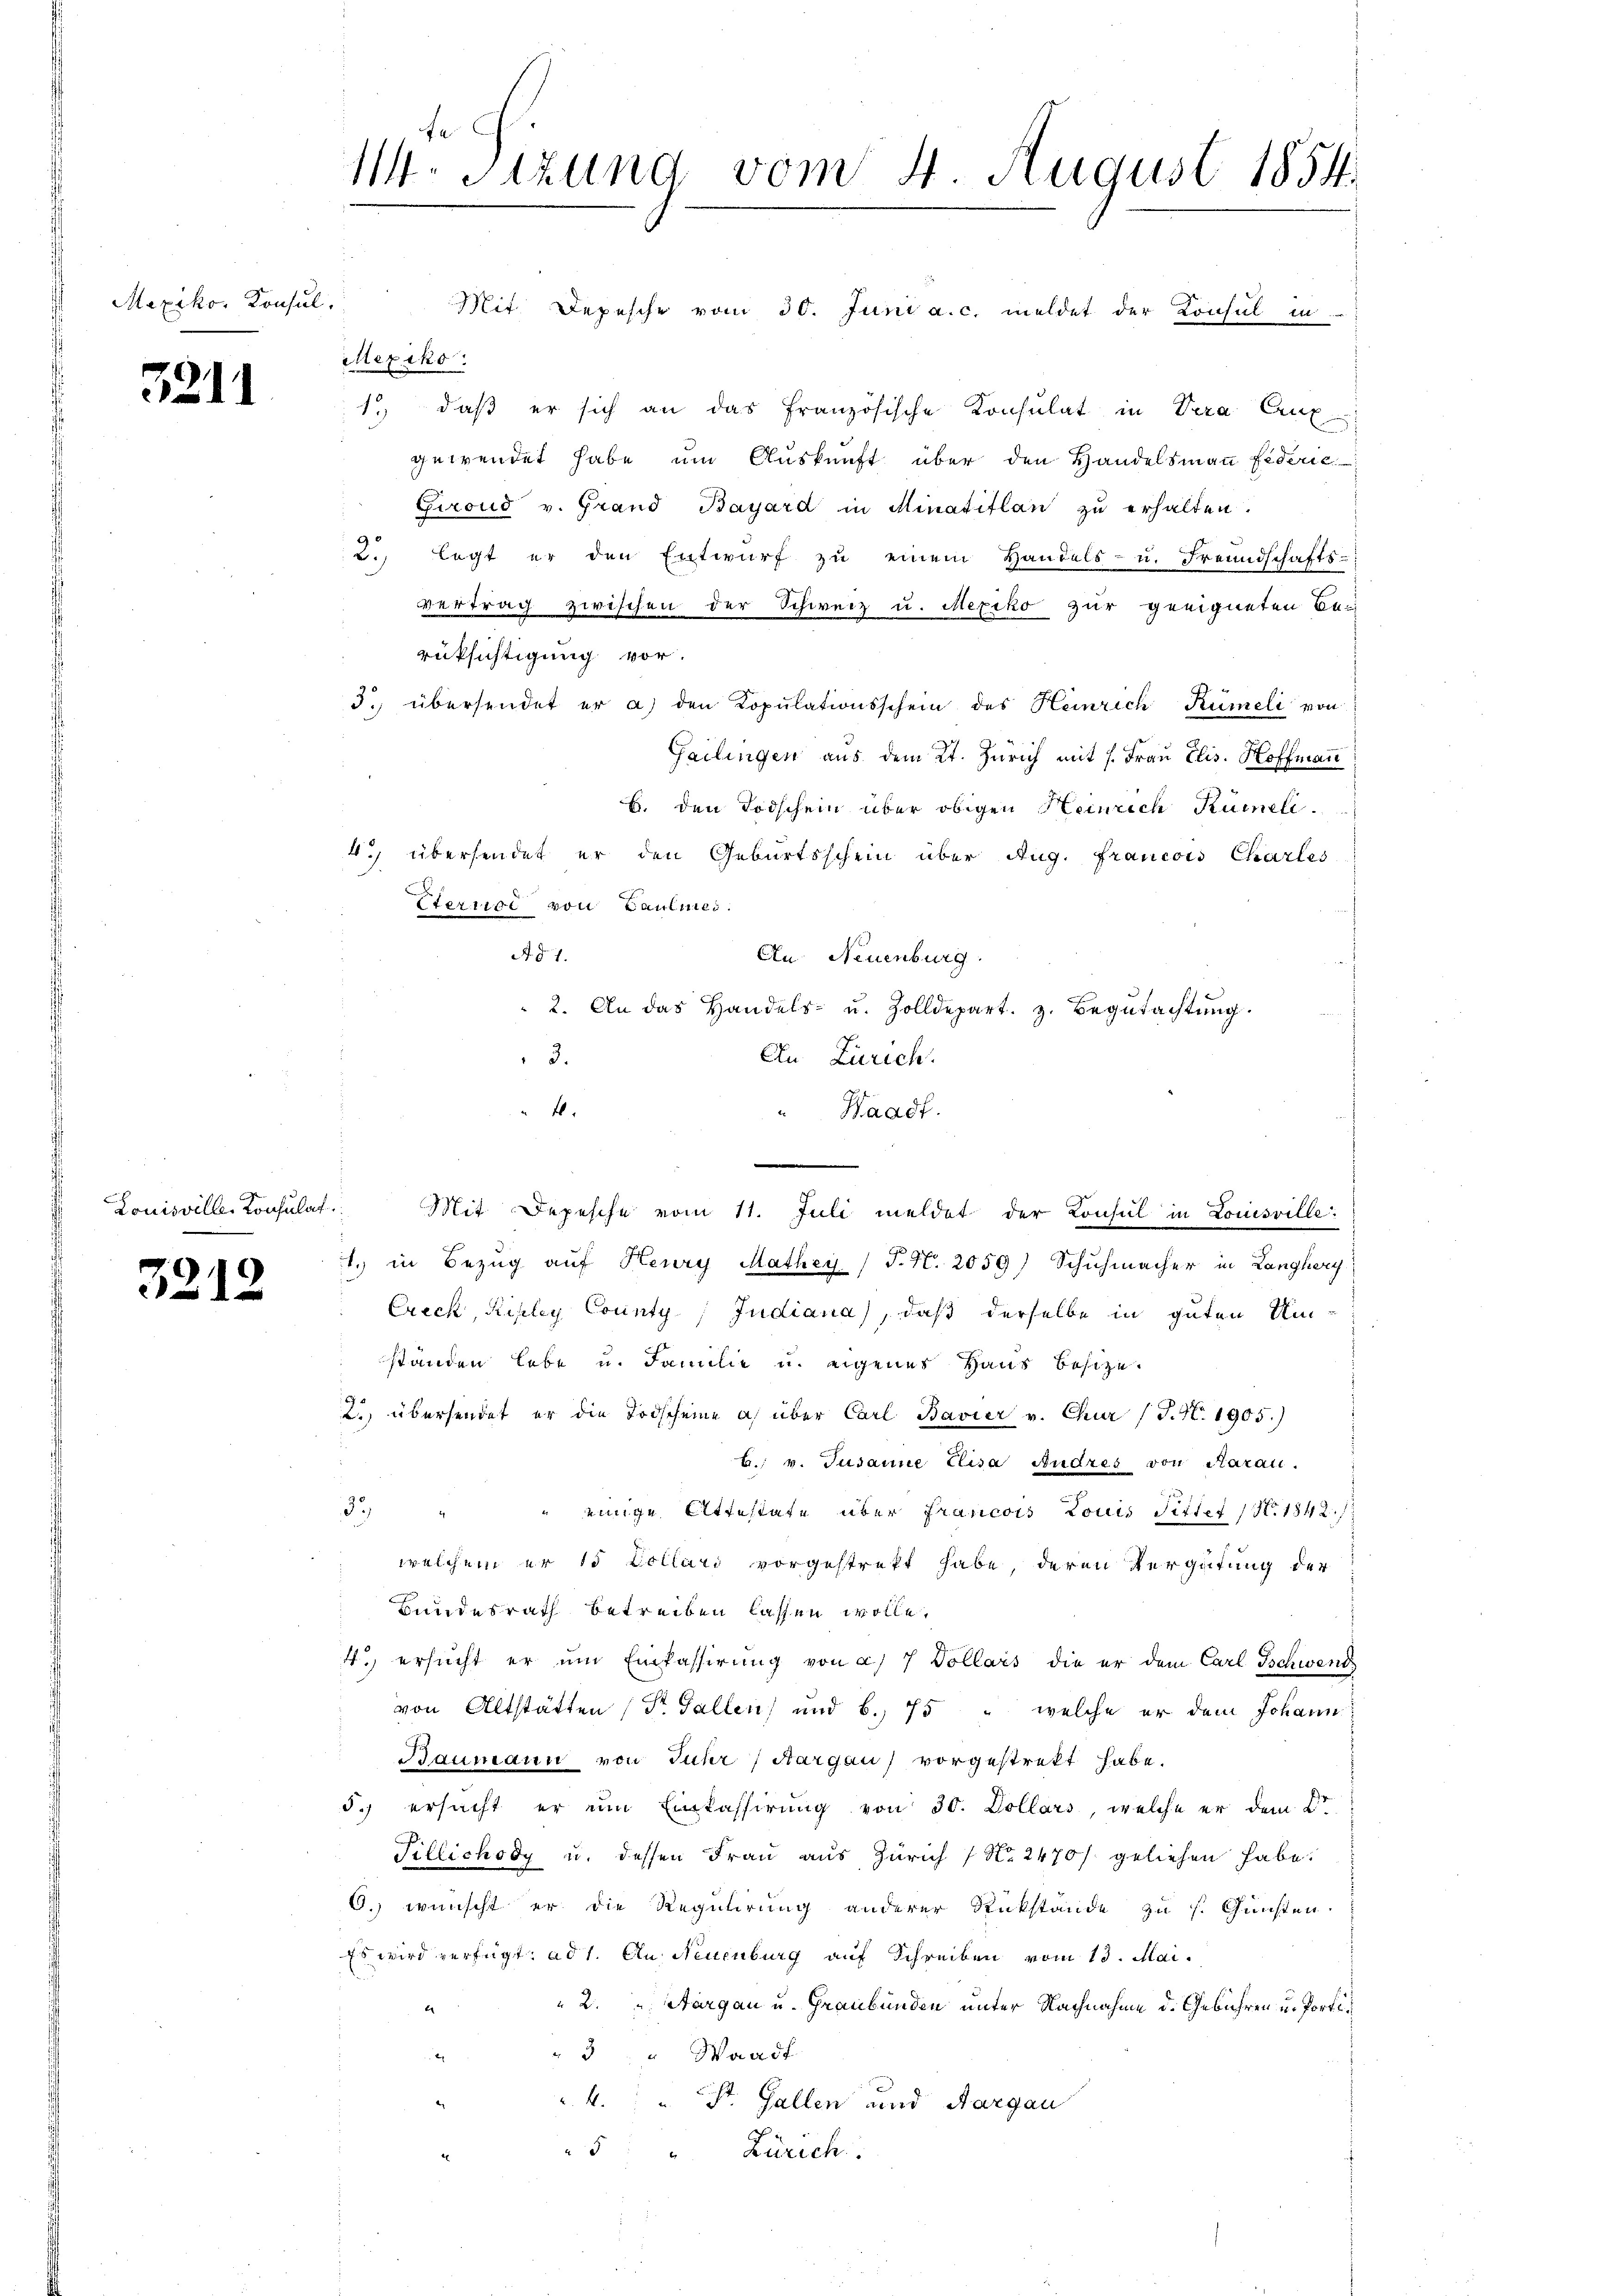
Mexikos Konsul

5211

Louisville Konsulat

33.

12.

Mit. Depesche vom 30. Juni a.c. meldet der Konsul in
Mexiko
1.) daß er sich an das französische Konsulat in Vera Cut
gewendet habe um Auskunft über den Handelsmann Fiderie
Grond v. Grand Bayard in Minatiflan zu erhalten.
2. legt er den Entwurf zu einem Handels- u. Freundschafts-
vertrag zwischen der Schweiz u. Mexiko zur geeigneten Berüksichtigung vor.
3. übersendet er a) den Kopŭlationsschein des Heinrich Rümeli von
Gailingen aus dem Kt. Zürich mit 1. Frau Elis. Hoffman
B. den Todschein über obigen Heinrich Rümeli.
4.) übersendet er den Geburtsschein über Aug. Francois Charles
Etercice von Gaulmei
Ad 1.
An Neuenburg.
2. An das Handels- u. Zolldepart. z. Begŭtachtŭng.
3.
An Zürich.
" 4.
Waadt.
e
Mit Depesche vom 11. Juli meldet der Konsul in Louisville
1. in Bezug auf Keury Mathey (P. Nr. 2059) Schuhmacher in Langhery
Ereck Ripley County Judiana), daß derselbe in guten Um
ständen lebe u. Familie u. eigenes Haus besize¬
2.) übersendet er die Todscheine a) über Carl Bavier v. Chur (T. N. 1905.)
b. v. Susanne Elisa Andres von Aarau
33)
" einige Attestate über Francois Louis Seitet (S. 1842.
welchem er 15 Dollari vorgestrekt habe, deren Vergütung der
Bundesrath betreiben lassen wolle.
4.) ersucht er um Einfasserung von a/7 Dollars die er dem Carl Tschwend
von Altstätten (Dr. Gallen und b., 75 " welche er dem Johann
Baumann von Juhr Margau vorgestrekt habe.
dch ersucht er eine Einlassirung von 30. Dollars, welche er dem Dr.
Tillichody u. dessen Frau aus Zürich No. 2470/ geliehen habe.
O.) wünscht er die Regulirung anderer Rückstände zu s. Gunsten.
Es wird verfügt, ad 1. Aus Neuenburg auf Schreiben vom 13. Mai.
2. " Aargau u. Graubünden unter Nachnahme d. Gebühren u. Porti¬
3 " Waadt
. 4.
St. Gallen und Aargau
5 " Zürich

M. Sitzung vom 4. August 1854